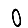
Digit: 0